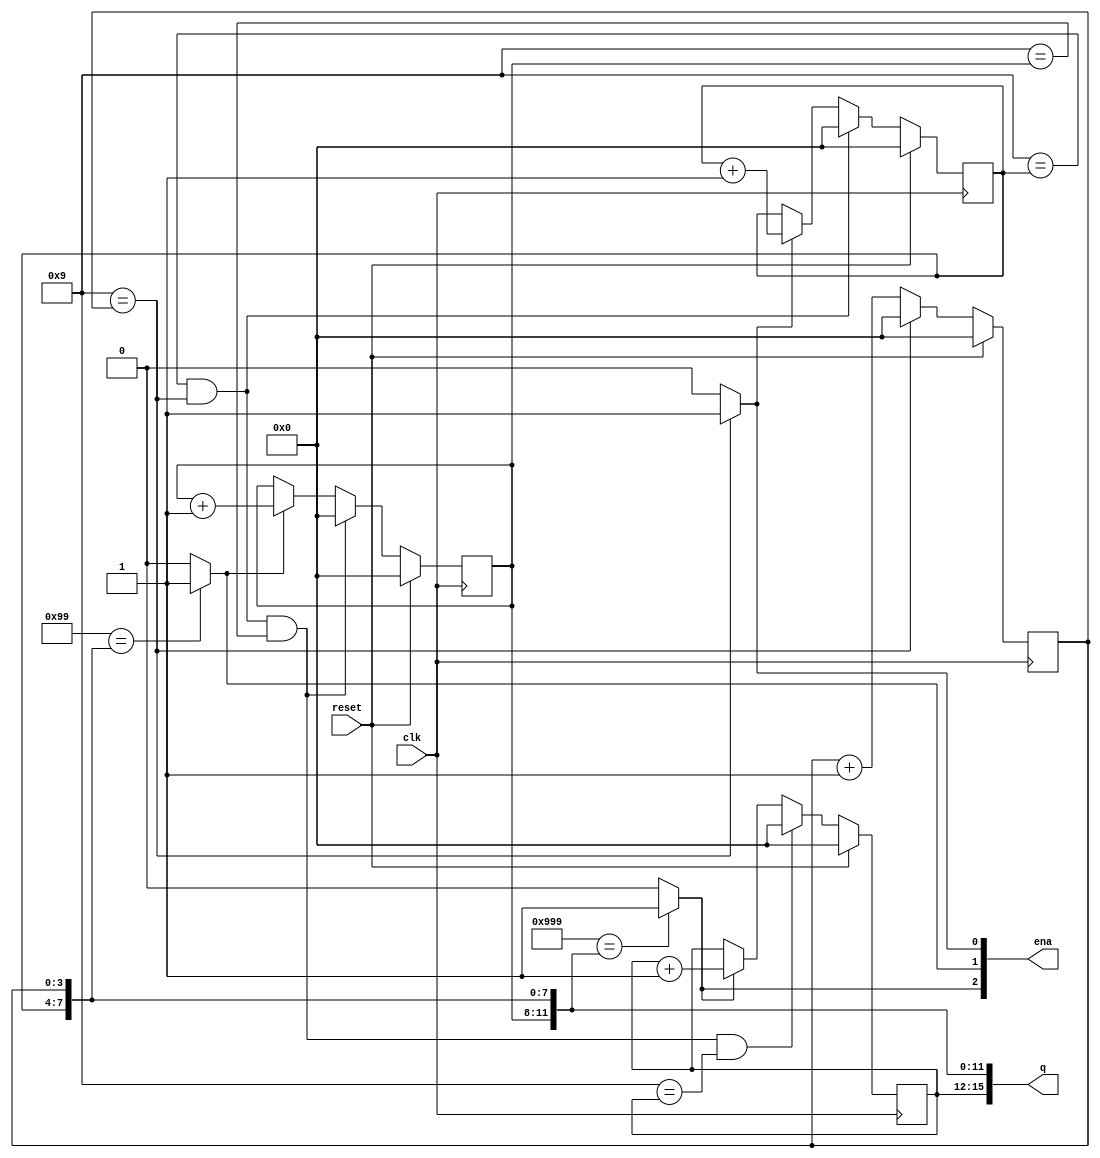
module top_module (
    input clk,
    input reset,   // Synchronous active-high reset
    output [3:1] ena,
    output [15:0] q);
    
    wire[3:0] ones, tens, hundreds, thousands;
    /*
    assign ones = q[3:0];
    assign tens = q[7:4];
    assign hundreds = q[11:8];
    assign thousands = q[15:12];
    */
    
    assign q[3:0] = ones;
    assign q[7:4] = tens;
    assign q[11:8] = hundreds;
    assign q[15:12] = thousands;
    
    always @ (posedge clk) begin
        if ( reset ) begin
            ones <= 0;
            tens <= 0;
            hundreds <= 0;
            thousands <= 0;
        end
        else begin
        
            // einer
            if ( 4'd9 == ones )
                ones <= 4'd0;
            else
                ones <= ones + 1;

            // zehner
            if (( 4'd9 == tens ) & ( 4'd9 == ones ))
                tens <= 4'd0;
            else if ( ena[1] )
                tens <= tens + 1;
            else 
                tens <= tens;
           

            // hundreds
            if (( 4'd9 == tens ) & ( 4'd9 == ones ) & ( 4'd9 == hundreds ) )
                hundreds <= 4'd0;
            else if ( ena[2] )
                hundreds <= hundreds + 1;
            else 
                hundreds <= hundreds;

            // tausender
            if (( 4'd9 == tens ) & ( 4'd9 == ones ) & ( 4'd9 == hundreds ) & ( 4'd9 == thousands ) )
                thousands <= 4'd0;
            else if ( ena[3] )
                thousands <= thousands + 1;
            else 
                thousands <= thousands;
            
            
        end
             	        
    end // always
    
    assign ena[1] = (4'b1001 == ones) ? 1'b1 : 1'b0;
    assign ena[2] = (8'b10011001 == {tens, ones}) ? 1'b1 : 1'b0;
    assign ena[3] = (12'b100110011001 == {hundreds, tens, ones}) ? 1'b1 : 1'b0;

endmodule